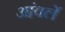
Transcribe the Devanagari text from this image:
आंवलें